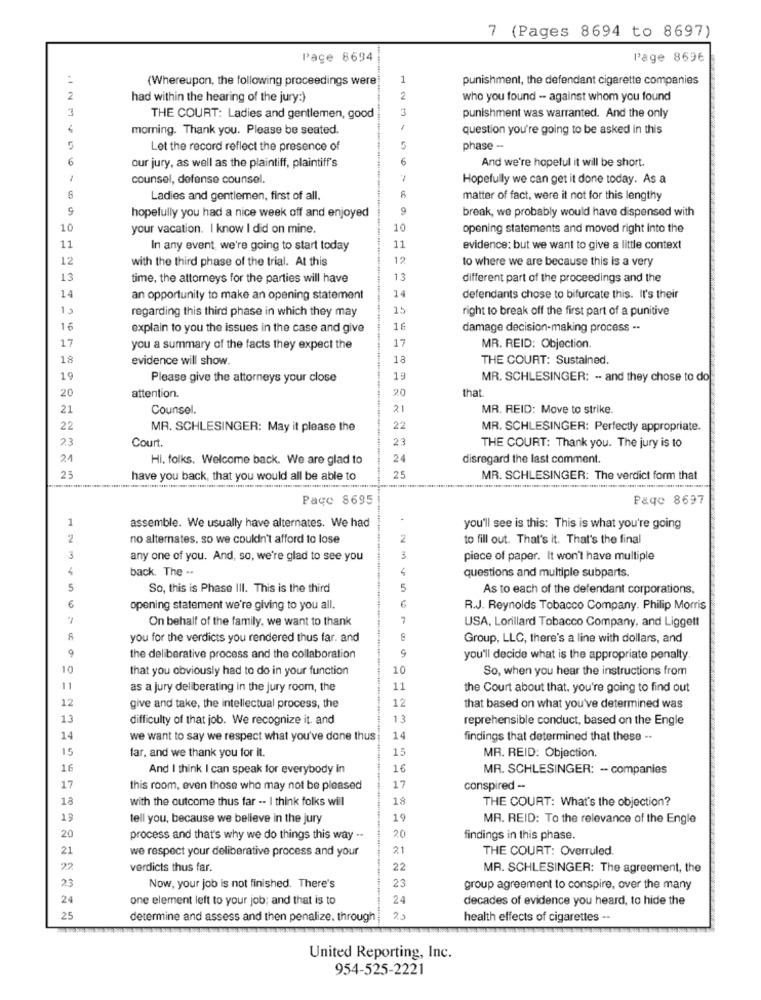
7 (Pages 8694 to 8697)
Pace 8694
Page 8696
(Whereupon, the following proceedings were
1
punishment, the defendant cigarette companies
2
had within the hearing of the jury:)
2
who you found - against whom you found
3
3
THE COURT: Ladies and gentlemen, good
punishment was warranted. And the only
morning. Thank you. Please be seated.
question you're going to be asked in this
Let the record reflect the presence of
5
phase -
6
our jury, as well as the plaintiff, plaintiff's
6
And we're hopeful it will be short.
1
counsel, defense counsel.
Hopefully we can get it done today. As a
Ladies and gentlemen, first of all.
matter of fact, were it not for this lengthy
9
break, we probably would have dispensed with
hopefully you had a nice week off and enjoyed
10
your vacation. I know I did on mine.
10
opening statements and moved right into the
11
In any event, we're going to start today
11
evidence: but we want to give a little context
12
with the third phase of the trial. At this
12
to where we are because this is a very
13
time, the attorneys for the parties will have
13
different part of the proceedings and the
14
14
an opportunity to make an opening statement
defendants chose to bifurcate this. Il's their
15
regarding this third phase in which they may
15
right to break off the first part of a punitive
16
explain to you the issues in the case and give
16
damage decision-making process --
17
17
you a summary of the facts they expect the
MR. REID: Objection.
18
evidence will show.
18
THE COURT: Sustained.
19
Please give the attorneys your close
19
MR. SCHLESINGER: -- and they chose to do
attention.
20
that.
20
21
Counsel.
21
MR. REID: Move to strike.
22
MR. SCHLESINGER: May it please the
22
MR. SCHLESINGER: Perfectly appropriate.
23
23
Court.
THE COURT: Thank you. The jury is to
2.1
Hi. folks. Welcome back. We are glad to
24
disregard the last comment
23
have you back, that you would all be able to
25
MR. SCHLESINGER: The verdict form that
Page 8695
Page 8697
1
.
assemble. We usually have alternates. We had
you'll see is this: This is what you're going
*2
no alternates, so we couldn't afford to lose
2
to fill out. That's it. That's the final
3
any one of you. And, so, we're glad to see you
piece of paper. It won't have multiple
back. The ..
4
questions and multiple subparts.
5
So, this is Phase III. This is the third
5
As to each of the defendant corporations,
6
opening statement we're giving to you all.
6
R.J. Reynolds Tobacco Company. Philip Morris
On behalf of the family. we want to thank
7
USA, Lorillard Tobacco Company, and Liggett
you for the verdicts you rendered thus far. and
Group, LLC, there's a line with dollars, and
9
the deliberative process and the collaboration
9
you'll decide what is the appropriate penalty
10
that you obviously had to do in your function
10
So, when you hear the instructions from
11
as a jury deliberating in the jury room, the
11
the Court about that, you're going to find out
12
12
give and take, the intellectual process, the
that based on what you've determined was
13
difficulty of that job. We recognize it. and
13
reprehensible conduct, based on the Engle
14
we want to say we respect what you've done thus
14
findings that determined that these --
15
far, and we thank you for it.
15
MR. REID: Objection.
16
And I think I can speak for everybody in
16
MR. SCHLESINGER: - companies
17
this room, even those who may not be pleased
17
conspired --
18
with the outcome thus far -- I think folks will
18
THE COURT: What's the objection?
19
tell you, because we believe in the jury
19
MR. REID: To the relevance of the Engle
20
process and that's why we do things this way --
20
findings in this phase.
21
we respect your deliberative process and your
21
THE COURT: Overruled.
22
verdicts thus far.
22
MR. SCHLESINGER: The agreement, the
23
23
Now, your job is not finished. There's
group agreement to conspire, over the many
24
one element left to your job; and that is to
24
decades of evidence you heard, to hide the
25
determine and assess and then penalize. through
health effects of cigarettes -.
United Reporting, Inc.
954-525-2221